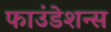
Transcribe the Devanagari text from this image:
फाउंडेशन्स